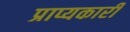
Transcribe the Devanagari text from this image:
प्राप्यकारी